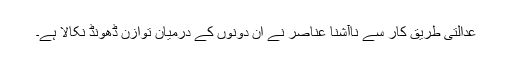
عدالتی طریق کار سے ناآشنا عناصر نے ان دونوں کے درمیان توازن ڈھونڈ نکالا ہے۔